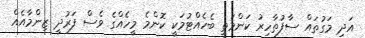
އަދި މަގުތައް ސާފުތާހިރު ކަންމަތީ ބެހެއްޓުމަކީ ކޮންމެ މީހެއްގެ ވެސް ފަރުދީ ޒިންމާއެއް